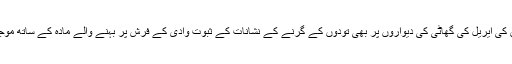
یورینس کی ایریل کی گھاٹی کی دیواروں پر بھی تودوں کے گرنے کے نشانات کے ثبوت وادی کے فرش پر بہنے والے مادّہ کے ساتھ موجود ہیں۔